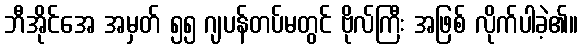
ဘီအိုင်အေ အမှတ် ၅၅ ဂျပန်တပ်မတွင် ဗိုလ်ကြီး အဖြစ် လိုက်ပါခဲ့၏။